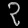
Digit: ၃